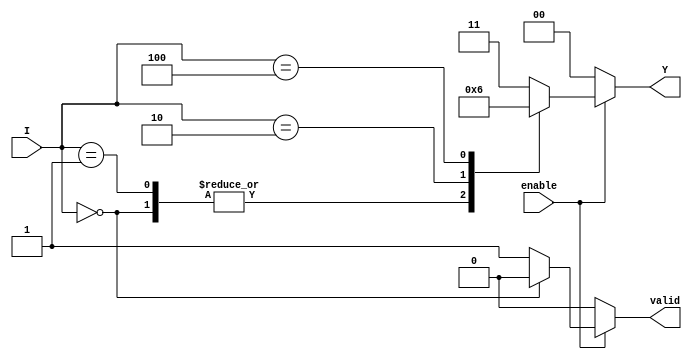
module encoder_4to2 (
    input wire [3:0] I,      // 4 input lines
    input wire enable,       // Enable signal
    output reg [1:0] Y,      // 2 output lines
    output reg valid         // Output valid signal
);

always @(*) begin
    if (!enable) begin
        Y = 2'b00;           // Outputs are 00 when not enabled
        valid = 1'b0;       // Output is not valid
    end else begin
        case (I)
            4'b0000: begin
                Y = 2'b00;   // No input active
                valid = 1'b0; // Output is not valid
            end
            4'b0001: begin
                Y = 2'b00;   // Input I0 active
                valid = 1'b1; // Output is valid
            end
            4'b0010: begin
                Y = 2'b01;   // Input I1 active
                valid = 1'b1; // Output is valid
            end
            4'b0100: begin
                Y = 2'b10;   // Input I2 active
                valid = 1'b1; // Output is valid
            end
            4'b1000: begin
                Y = 2'b11;   // Input I3 active
                valid = 1'b1; // Output is valid
            end
            default: begin
                Y = 2'b11;   // Default to highest priority (I3)
                valid = 1'b1; // Output is valid
            end
        endcase
    end
end

endmodule